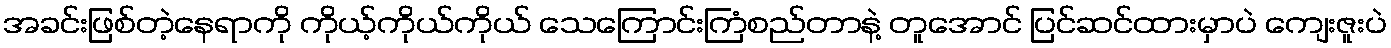
အခင်းဖြစ်တဲ့နေရာကို ကိုယ့်ကိုယ်ကိုယ် သေကြောင်းကြံစည်တာနဲ့ တူအောင် ပြင်ဆင်ထားမှာပဲ ကျေးဇူးပဲ